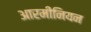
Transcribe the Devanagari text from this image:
आरमीनियन